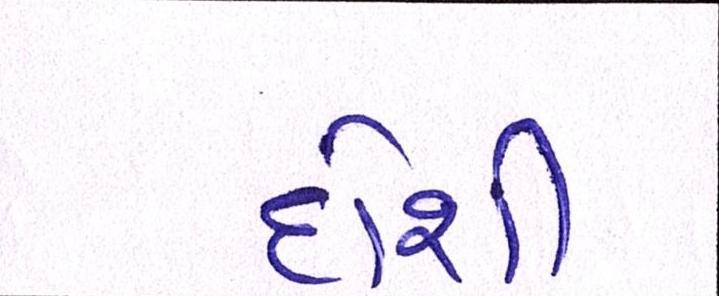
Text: દોશી